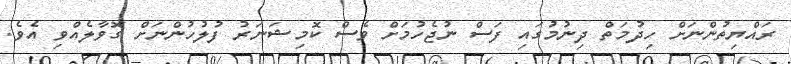
ރައްޔިތުންނަށް ހިދުމަތް ދިނުމުގައި ފަސް ނުޖެހުމަށް ވެސް ކޮމިޝަނަރު ފުލުހުންނަށް ގޮވާލެއްވި އެވެ.